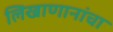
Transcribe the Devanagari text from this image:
लिखाणानांचा